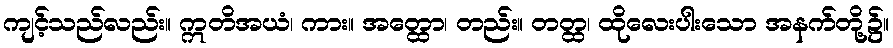
ကျင့်သည်လည်း။ ဣတိအယံ၊ ကား။ အတ္ထော၊ တည်း။ တတ္ထ၊ ထိုလေးပါးသော အနက်တို့၌။